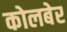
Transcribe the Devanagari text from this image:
कोलबेर